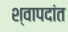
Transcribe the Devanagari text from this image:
श्वापदांत